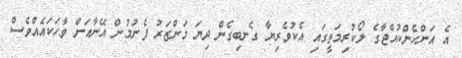
އެ އަންހެންކުއްޖާގެ ލޯކުރިމަތީގައި އެކުވެރިޔާ ގެނބިގެން ދިޔަ މަންޒަރު ފެނުމުން އޭނާއަށް ވާހަކައެއްވެސް